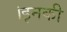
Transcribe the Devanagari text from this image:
।इनकी